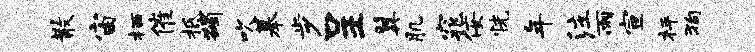
散宙栖催柢蠲吹摹步呈翼肌窕佞恍年注雨宣枰狗